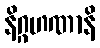
နိဂ္ဂဟဏာနိ